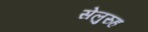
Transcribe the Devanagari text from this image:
सेलुरुह